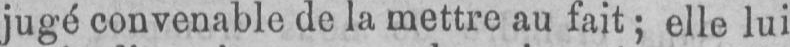
jugé convenable de la mettre au fait; elle lui